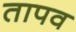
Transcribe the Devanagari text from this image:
तापव